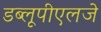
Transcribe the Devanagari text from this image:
डब्लूपीएलजे